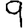
Digit: 9